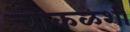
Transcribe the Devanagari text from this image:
चौकळशी